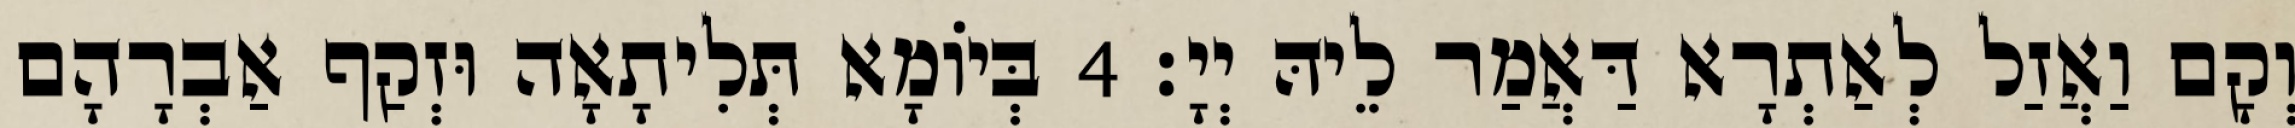
וְקָם וַאֲזַל לְאַתְרָא דַּאֲמַר לֵיהּ יְיָ׃ 4 בְּיוֹמָא תְּלִיתָאָה וּזְקַף אַבְרָהָם